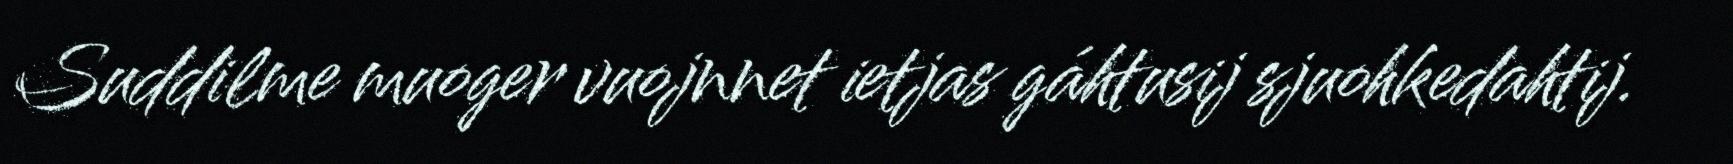
Suddilme muoger vuojnnet ietjas gáhtusij sjuohkedahtij.